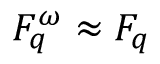
F _ { q } ^ { \omega } \approx F _ { q }